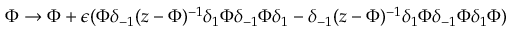
\Phi \rightarrow \Phi + \epsilon ( \Phi \delta _ { - 1 } ( z - \Phi ) ^ { - 1 } \delta _ { 1 } \Phi \delta _ { - 1 } \Phi \delta _ { 1 } - \delta _ { - 1 } ( z - \Phi ) ^ { - 1 } \delta _ { 1 } \Phi \delta _ { - 1 } \Phi \delta _ { 1 } \Phi )